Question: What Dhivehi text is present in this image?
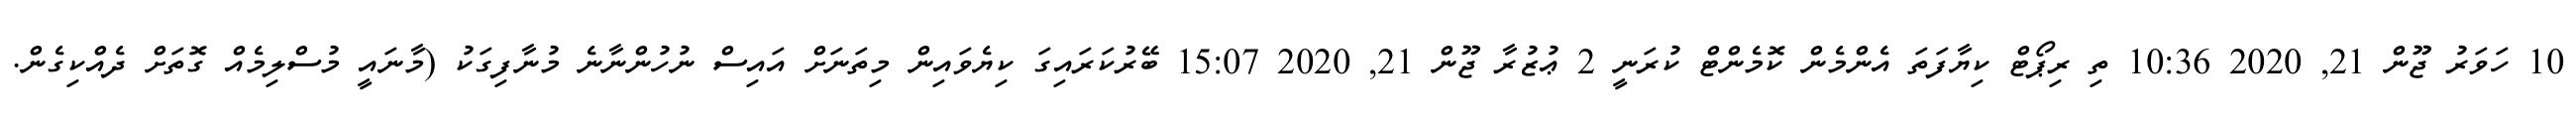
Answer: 10 ހަވަރު ޖޫން 21, 2020 10:36 ތި ރިޕޯޓް ކިޔާފަތަ އެންމެން ކޮމެންޓް ކުރަނީ 2 ޢުޒުރާ ޖޫން 21, 2020 15:07 ބޭރުކަރައިގަ ކިޔެވައިން މިތަނަށް އައިސް ނުހުންނާނެ މުނާފިގަކު (މާނައީ މުސްލިމެއް ގޮތަށް ދެއްކިގެން.